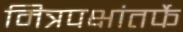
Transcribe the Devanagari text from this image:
मित्रपक्षांतर्फे